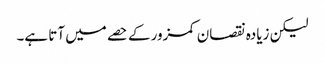
لیکن زیادہ نقصان کمزور کے حصے میں آتا ہے۔